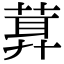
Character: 𦶪